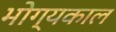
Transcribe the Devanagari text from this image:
भोग्यकाल